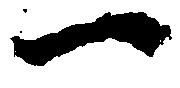
一